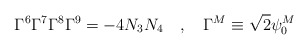
\begin{align*}\Gamma^6 \Gamma^7 \Gamma^8 \Gamma^9 = - 4 N_3 N_4~~~,~~~\Gamma^{M} \equiv\sqrt{2} \psi_{0}^{M}\end{align*}